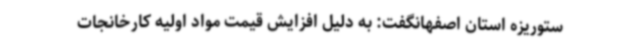
ستوریزه استان اصفهانگفت: به دلیل افزایش قیمت مواد اولیه کارخانجات